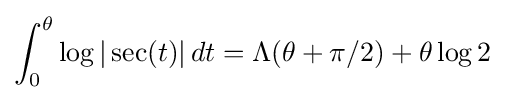
\int _{0}^{\theta }\log |\sec(t)|\,dt=\Lambda (\theta +\pi /2)+\theta \log 2